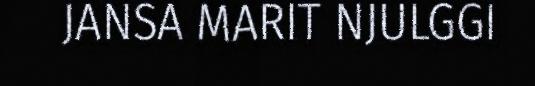
JANSA MARIT NJULGGI